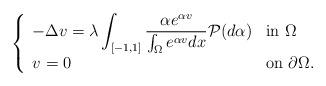
LaTeX: \begin{align*}\left\{\begin{array}{ll}\displaystyle -\Delta v=\lambda \int_{[-1,1]} \frac{\alpha e^{\alpha v}}{\int_{\Omega} e^{\alpha v} dx} {\cal P}(d\alpha) & \mbox{in $\Omega$} \\\displaystyle v=0 & \mbox{on $\partial\Omega$}. \end{array}\right.\end{align*}